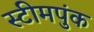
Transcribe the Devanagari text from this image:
स्टीमपुंक